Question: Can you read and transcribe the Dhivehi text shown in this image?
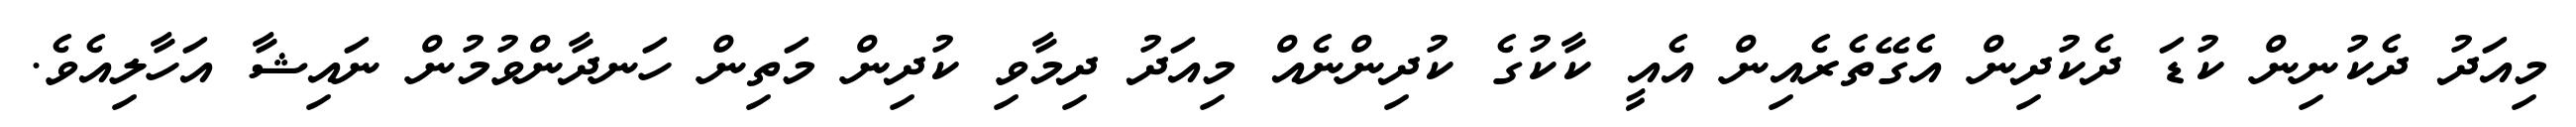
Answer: މިއަދު ދެކުނިން ކުޑަ ދެކުދިން އެގޭތެރެއިން އެއީ ކާކުގެ ކުދިންނެއް މިއަދު ދިމާވި ކުދިން މަތިން ހަނދާންވުމުން ނައިޝާ އަހާލިއެވެ.